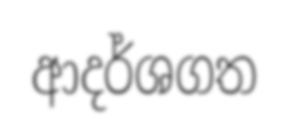
ආදර්ශගත